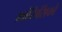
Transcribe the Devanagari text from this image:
फ्रांसिसिको